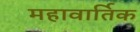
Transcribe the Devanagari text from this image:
महावार्तिक